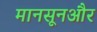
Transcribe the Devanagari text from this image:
मानसूनऔर